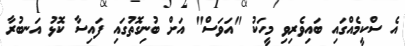
އެ ސްކީމެއްގައި ބައިވެރިވި މީހަކު "އަވަސް" އަށް ބުނިގޮތުގައި ފައިސާ ކޮޅު އަނބުރާ